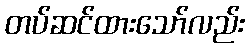
တပ်ဆင်ထားသော်လည်း